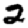
Digit: 2